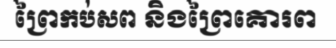
ព្រៃកប់សព និងព្រៃគោរព